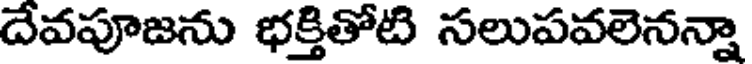
దేవపూజను భక్తితోటి సలుపవలెనన్నా